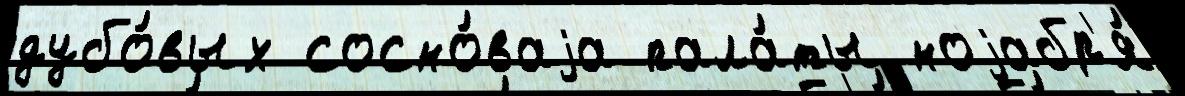
дубо́вых сосно́ваjа пала́ты ноjабр'я́